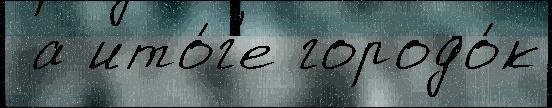
 а ито́г'е городо́к